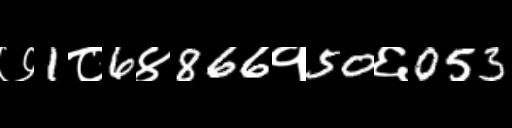
Text: ७1८6४866१50६053